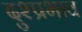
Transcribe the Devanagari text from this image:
दुश्प्रभाव